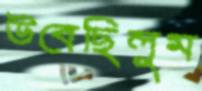
উবেছিলুম